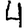
Digit: 4